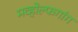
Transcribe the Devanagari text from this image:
मव्होल्फगांग